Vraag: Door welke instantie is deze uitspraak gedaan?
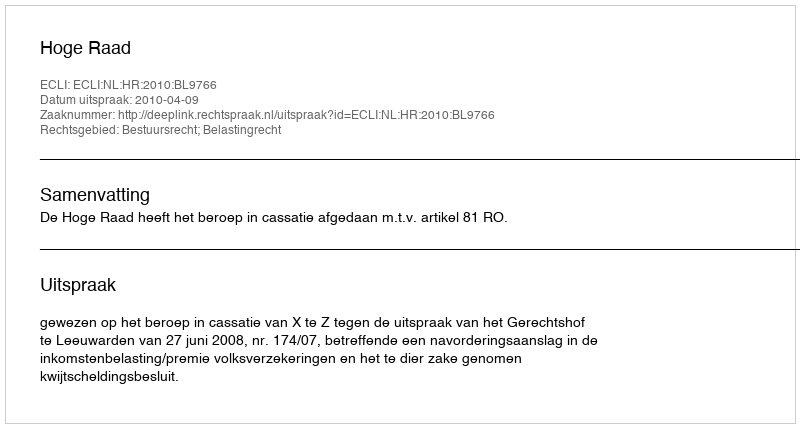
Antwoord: Hoge Raad